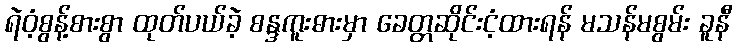
ရဲဝံ့စွန့်စားစွာ ထုတ်ပယ်ခဲ့ စန္ဒကူးဓားမှာ ခေတ္တဆိုင်းငံ့ထားရန် မသန်မစွမ်း ခူနီ